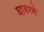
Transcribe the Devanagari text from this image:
घाबरणे